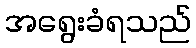
အရွေးခံရသည်